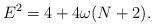
LaTeX: \begin{align*}E^2 = 4 + 4\omega (N + 2). \end{align*}